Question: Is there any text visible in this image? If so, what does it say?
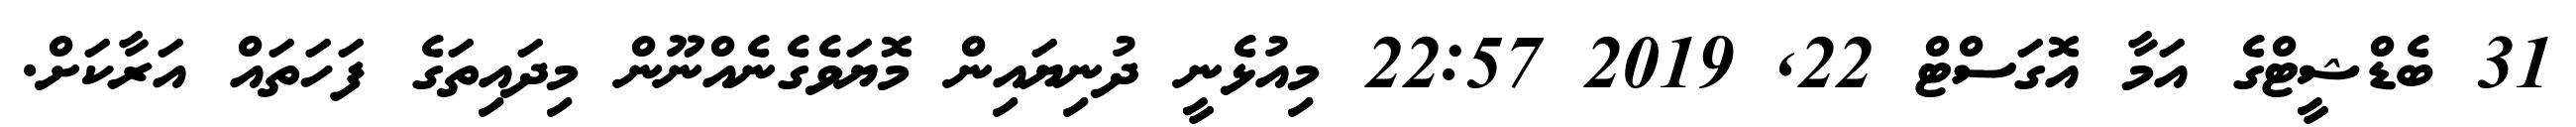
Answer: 31 ބެޑްޝީޓްގެ އަމާ އޮގަސްޓް 22, 2019 22:57 މިއުޅެނީ ދުނިޔައިން މޮޔަވެގެނެއްނޫން މިދައިތަގެ ފަހަތައް އަރާކަށް.